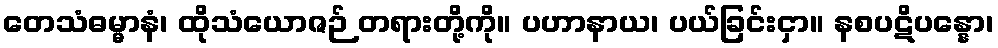
တေသံဓမ္မာနံ၊ ထိုသံယောဇဉ် တရားတို့ကို။ ပဟာနာယ၊ ပယ်ခြင်းငှာ။ နစပဋိပန္နော၊